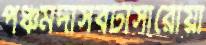
পঞ্চমদাসবটাসারোয়া